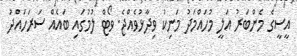
އީސީގެ މެންބަރު އަލީ މުހައްމަދު މަނިކު ވިދާޅުވެއްޖެ. ވޯޓް ލުމުގައި ބައެއް ސަރަހައްދު